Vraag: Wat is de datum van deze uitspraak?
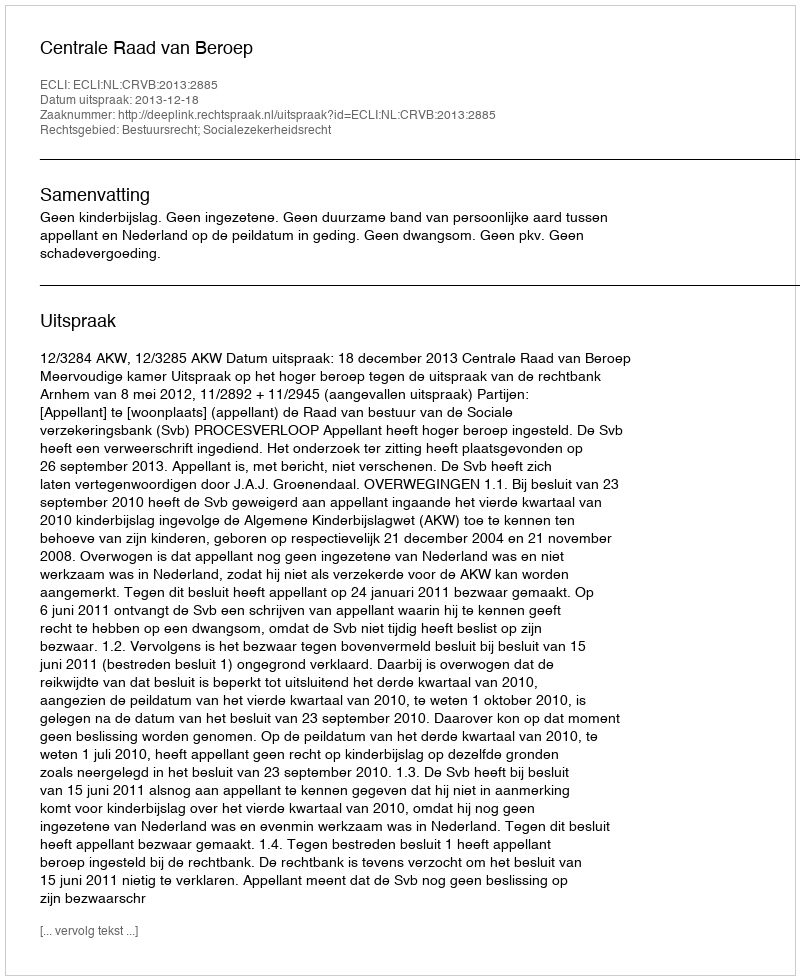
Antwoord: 2013-12-18